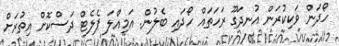
ހޯދަން ވަކިކުރަން އުނދަގޫ ރަހަތައް ހޯދައި ބެލުން. އަމިއްލަ ޕެލެޓް ދަސްކޮށް އިތުރަށް